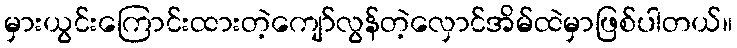
မှားယွင်းကြောင်းထားတဲ့ကျော်လွန်တဲ့လှောင်အိမ်ထဲမှာဖြစ်ပါတယ်။